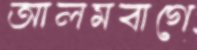
আলমবাগে